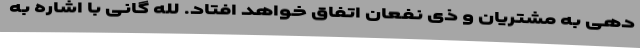
دهی به مشتریان و ذی نفعان اتفاق خواهد افتاد. لله گانی با اشاره به